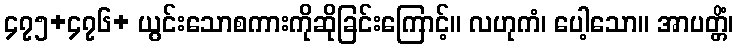
၄၇၅+၄၇၆+ ယွင်းသောစကားကိုဆိုခြင်းကြောင့်။ လဟုကံ၊ ပေါ့သော။ အာပတ္တိံ၊